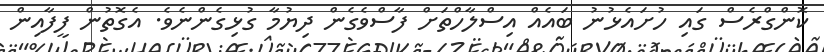
ކޮންގްރެސް ގައި ހުށައެޅުނު ބައެއް އިސްލާހްތަށް ފާސްވެގެން ދިޔުމާ ގުޅިގެންނެވެ. އެގޮތުން ފީފާއިން